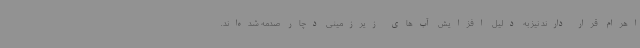
اهرام قرار دارند نیز به دلیل افزایش آب‌های زیرزمینی دچار صدمه شده‌اند.